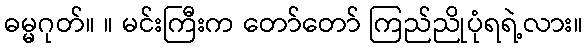
ဓမ္မဂုတ်။ ။ မင်းကြီးက တော်တော် ကြည်ညိုပုံရရဲ့လား။